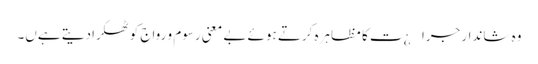
وہ شاندار جرا¿ت کا مظاہرہ کرتے ہوئے بے معنی رسوم و رواج کو ٹھکرادیتے ہےں۔